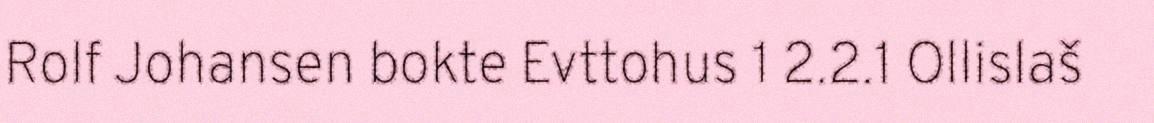
Rolf Johansen bokte Evttohus 1 2.2.1 Ollislaš